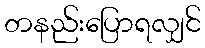
တနည်းပြောရလျှင်